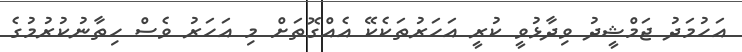
އަހުމަދު ޖަމްޝީދު ވިދާޅުވީ ކުރީ އަހަރުތަކެކޭ އެއްގޮތަށް މި އަހަރު ވެސް ހިތާނުކުރުމުގެ